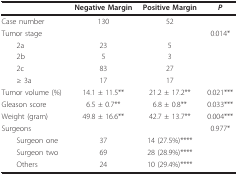
<table><thead><tr><td></td><td><b>Negative Margin</b></td><td><b>Positive Margin</b></td><td><b><i>P</i></b></td></tr></thead><tbody><tr><td>Case number</td><td>130</td><td>52</td><td></td></tr><tr><td>Tumor stage</td><td></td><td></td><td>0.014*</td></tr><tr><td> 2a</td><td>23</td><td>5</td><td></td></tr><tr><td> 2b</td><td>5</td><td>3</td><td></td></tr><tr><td> 2c</td><td>83</td><td>27</td><td></td></tr><tr><td> ≥ 3a</td><td>17</td><td>17</td><td></td></tr><tr><td>Tumor volume (%)</td><td>14.1 ± 11.5**</td><td>21.2 ± 17.2**</td><td>0.021***</td></tr><tr><td>Gleason score</td><td>6.5 ± 0.7**</td><td>6.8 ± 0.8**</td><td>0.033***</td></tr><tr><td>Weight (gram)</td><td>49.8 ± 16.6**</td><td>42.7 ± 13.7**</td><td>0.004***</td></tr><tr><td>Surgeons</td><td></td><td></td><td>0.977*</td></tr><tr><td> Surgeon one</td><td>37</td><td>14 (27.5%)****</td><td></td></tr><tr><td> Surgeon two</td><td>69</td><td>28 (28.9%)****</td><td></td></tr><tr><td> Others</td><td>24</td><td>10 (29.4%)****</td><td></td></tr></tbody></table>